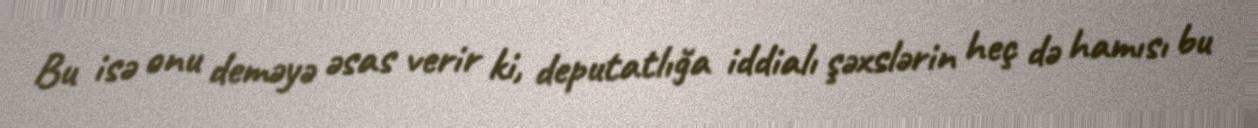
Bu isə onu deməyə əsas verir ki, deputatlığa iddialı şəxslərin heç də hamısı bu